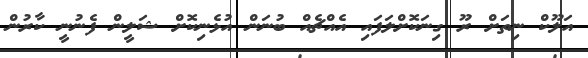
އަލޫކް ނިތަށް ރޫ ގިނަކޮށްލަފައި އެއްޗެއް ބުނަން އުޅެނިކޮށް ޝަލީން ފެނުނީ ކާރުން